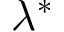
\lambda ^ { * }